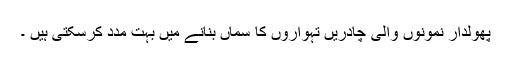
پھولدار نمونوں والی چادریں تہواروں کا سماں بنانے میں بہت مدد کرسکتی ہیں ۔